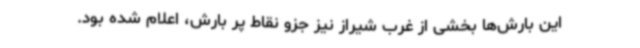
این بارش‌ها بخشی از غرب شیراز نیز جزو نقاط پر بارش، اعلام شده بود.